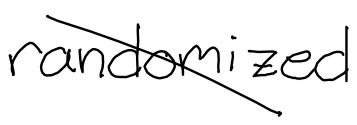
Text: randomized
Cross-out: diagonal
Writing tool: digital_black